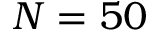
N = 5 0